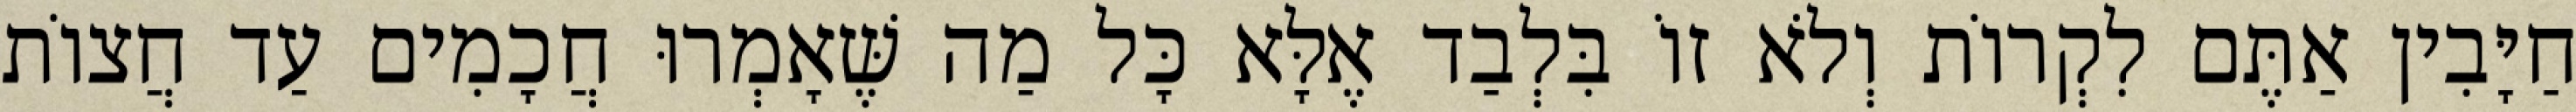
חַיָּבִין אַתֶּם לִקְרוֹת וְלֹא זוֹ בִּלְבַד אֶלָּא כָּל מַה שֶּׁאָמְרוּ חֲכָמִים עַד חֲצוֹת